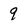
Character: 9